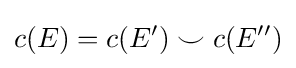
c(E)=c(E')\smile c(E'')